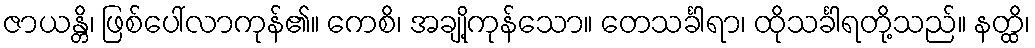
ဇာယန္တိ၊ ဖြစ်ပေါ်လာကုန်၏။ ကေစိ၊ အချို့ကုန်သော။ တေသင်္ခါရာ၊ ထိုသင်္ခါရတို့သည်။ နတ္ထိ၊